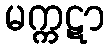
မက္ကဋာ